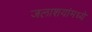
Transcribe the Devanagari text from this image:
जलाशयांमध्ये